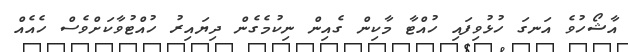
އާޝޯހުވެ އަނގަ ހުޅުވިފައި ހުއްޓާ މާކިން ގެއިން ނިކުމެގެން ދިޔައިރު ހުއްޓުވާކަށްވެސް ހެއެއް